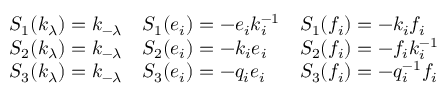
{ \begin{array} { l l l } { S _ { 1 } ( k _ { \lambda } ) = k _ { - \lambda } } & { S _ { 1 } ( e _ { i } ) = - e _ { i } k _ { i } ^ { - 1 } } & { S _ { 1 } ( f _ { i } ) = - k _ { i } f _ { i } } \\ { S _ { 2 } ( k _ { \lambda } ) = k _ { - \lambda } } & { S _ { 2 } ( e _ { i } ) = - k _ { i } e _ { i } } & { S _ { 2 } ( f _ { i } ) = - f _ { i } k _ { i } ^ { - 1 } } \\ { S _ { 3 } ( k _ { \lambda } ) = k _ { - \lambda } } & { S _ { 3 } ( e _ { i } ) = - q _ { i } e _ { i } } & { S _ { 3 } ( f _ { i } ) = - q _ { i } ^ { - 1 } f _ { i } } \end{array} }